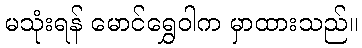
မသုံးရန် မောင်ရွှေဝါက မှာထားသည်။